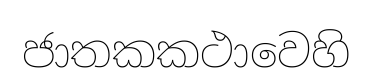
ජාතකකථාවෙහි